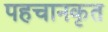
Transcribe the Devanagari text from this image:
पहचानकृत